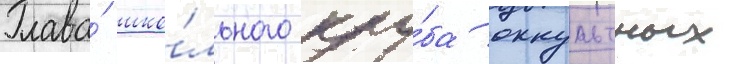
Глава́ шко́льного клу́ба оккультных